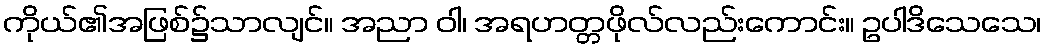
ကိုယ်၏အဖြစ်၌သာလျင်။ အညာ ဝါ၊ အရဟတ္တဖိုလ်လည်းကောင်း။ ဥပါဒိသေသေ၊